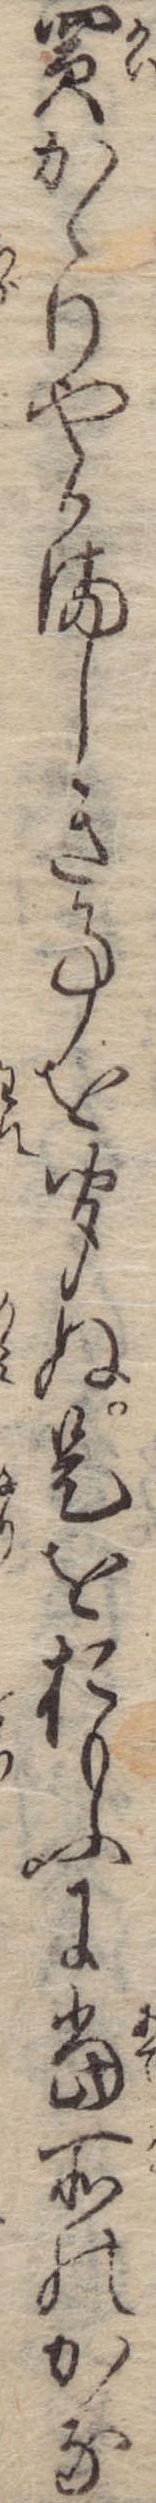
買かゝりやかましき事を聞ぬ是をおもふに当所のかな